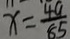
x = \frac { 4 a } { 8 5 }